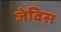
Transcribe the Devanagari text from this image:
जेविस